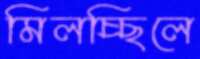
মিলচ্ছিলে